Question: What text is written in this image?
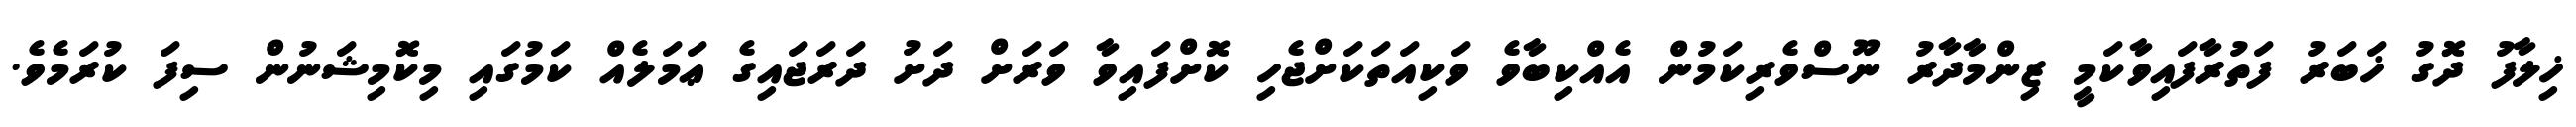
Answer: ޚިލާފު ދޮގު ޚަބަރު ފަތުރާފައިވާކަމީ ޒިންމާދާރު ނޫސްވެރިކަމުން އެއްކިބާވެ ވަކިއަތަކަށްޖެހި ކޮށްފައިވާ ވަރަށް ދަށު ދަރަޖައިގެ ޢަމަލެއް ކަމުގައި މިކޮމިޝަނުން ސިފަ ކުރަމެވެ.